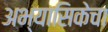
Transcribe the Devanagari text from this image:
अभ्यासिकेचा